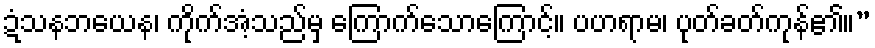
ဍံသနဘယေန၊ ကိုက်အံ့သည်မှ ကြောက်သောကြောင့်။ ပဟရာမ၊ ပုတ်ခတ်ကုန်၏။”